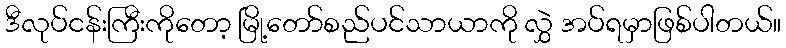
ဒီလုပ်ငန်းကြီးကိုတော့ မြို့တော်စည်ပင်သာယာကို လွှဲ အပ်ရမှာဖြစ်ပါတယ်။